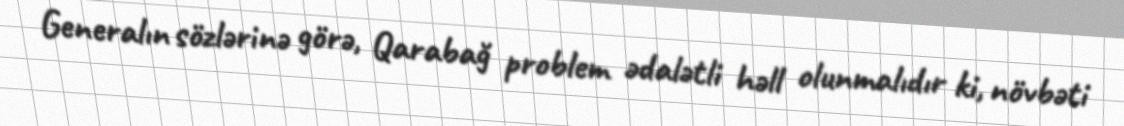
Generalın sözlərinə görə, Qarabağ problem ədalətli həll olunmalıdır ki, növbəti